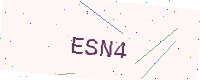
Text: ESN4